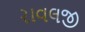
રાવલજી